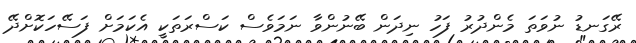
ރޭގަނޑު ނުވަތަ މެންދުރު ފަހު ނިދަން ބޭނުންވާ ނަމަވެސް ކަސްރަތަކީ އެކަމަށް ފަސޭހަކޮށްދޭ